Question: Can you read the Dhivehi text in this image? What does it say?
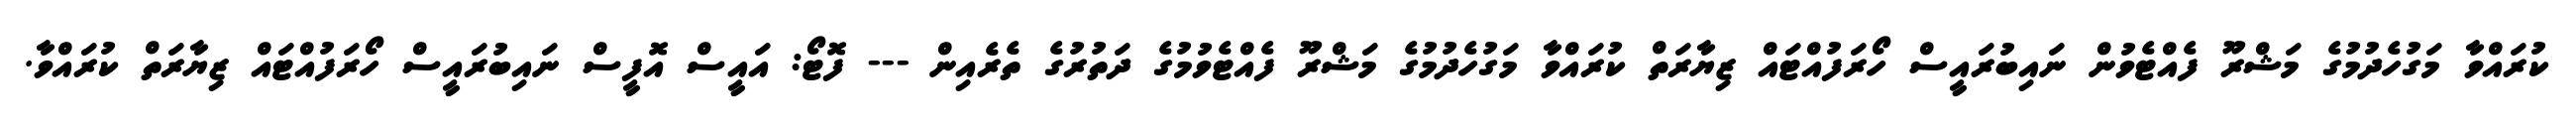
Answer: ކުރައްވާ މަގުހެދުމުގެ މަޝްރޫ ފެއްޓެވުން ނައިބުރައީސް ހޯރަފުއްޓައް ޒިޔާރަތް ކުރައްވާ މަގުހެދުމުގެ މަޝްރޫ ފެއްޓެވުމުގެ ދަތުރުގެ ތެރެއިން --- ފޮޓޯ: އައީސް އޮފީސް ނައިބުރައީސް ހޯރަފުއްޓައް ޒިޔާރަތް ކުރައްވާ.